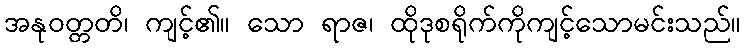
အနုဝတ္တတိ၊ ကျင့်၏။ သော ရာဇ၊ ထိုဒုစရိုက်ကိုကျင့်သောမင်းသည်။